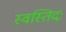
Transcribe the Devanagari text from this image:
स्वस्तिदः